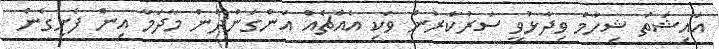
އައިޝަތު ޝިހާމް ވިދާޅުވީ ސަރުކާރުން ވަކި އެއްޗެއް އަންގަންދެން މާދަމާ އިން ފެށިގެން